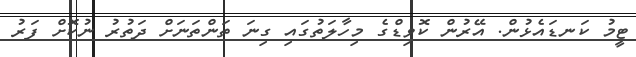
ޓީމު ކަނޑައެޅުން. އޭރުން ކޮވިޑްގެ މިހާލަތުގައި ގިނަ ތަންތަނަށް ދަތުރު ނުކޮށް ފަރު